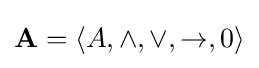
\mathbf {A} =\langle A,\wedge ,\vee ,\to ,0\rangle